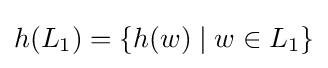
h(L_{1})=\{h(w)\mid w\in L_{1}\}